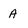
Character: A